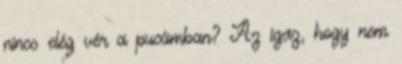
nincs elég vér a pucámban? Az igaz, hogy nem